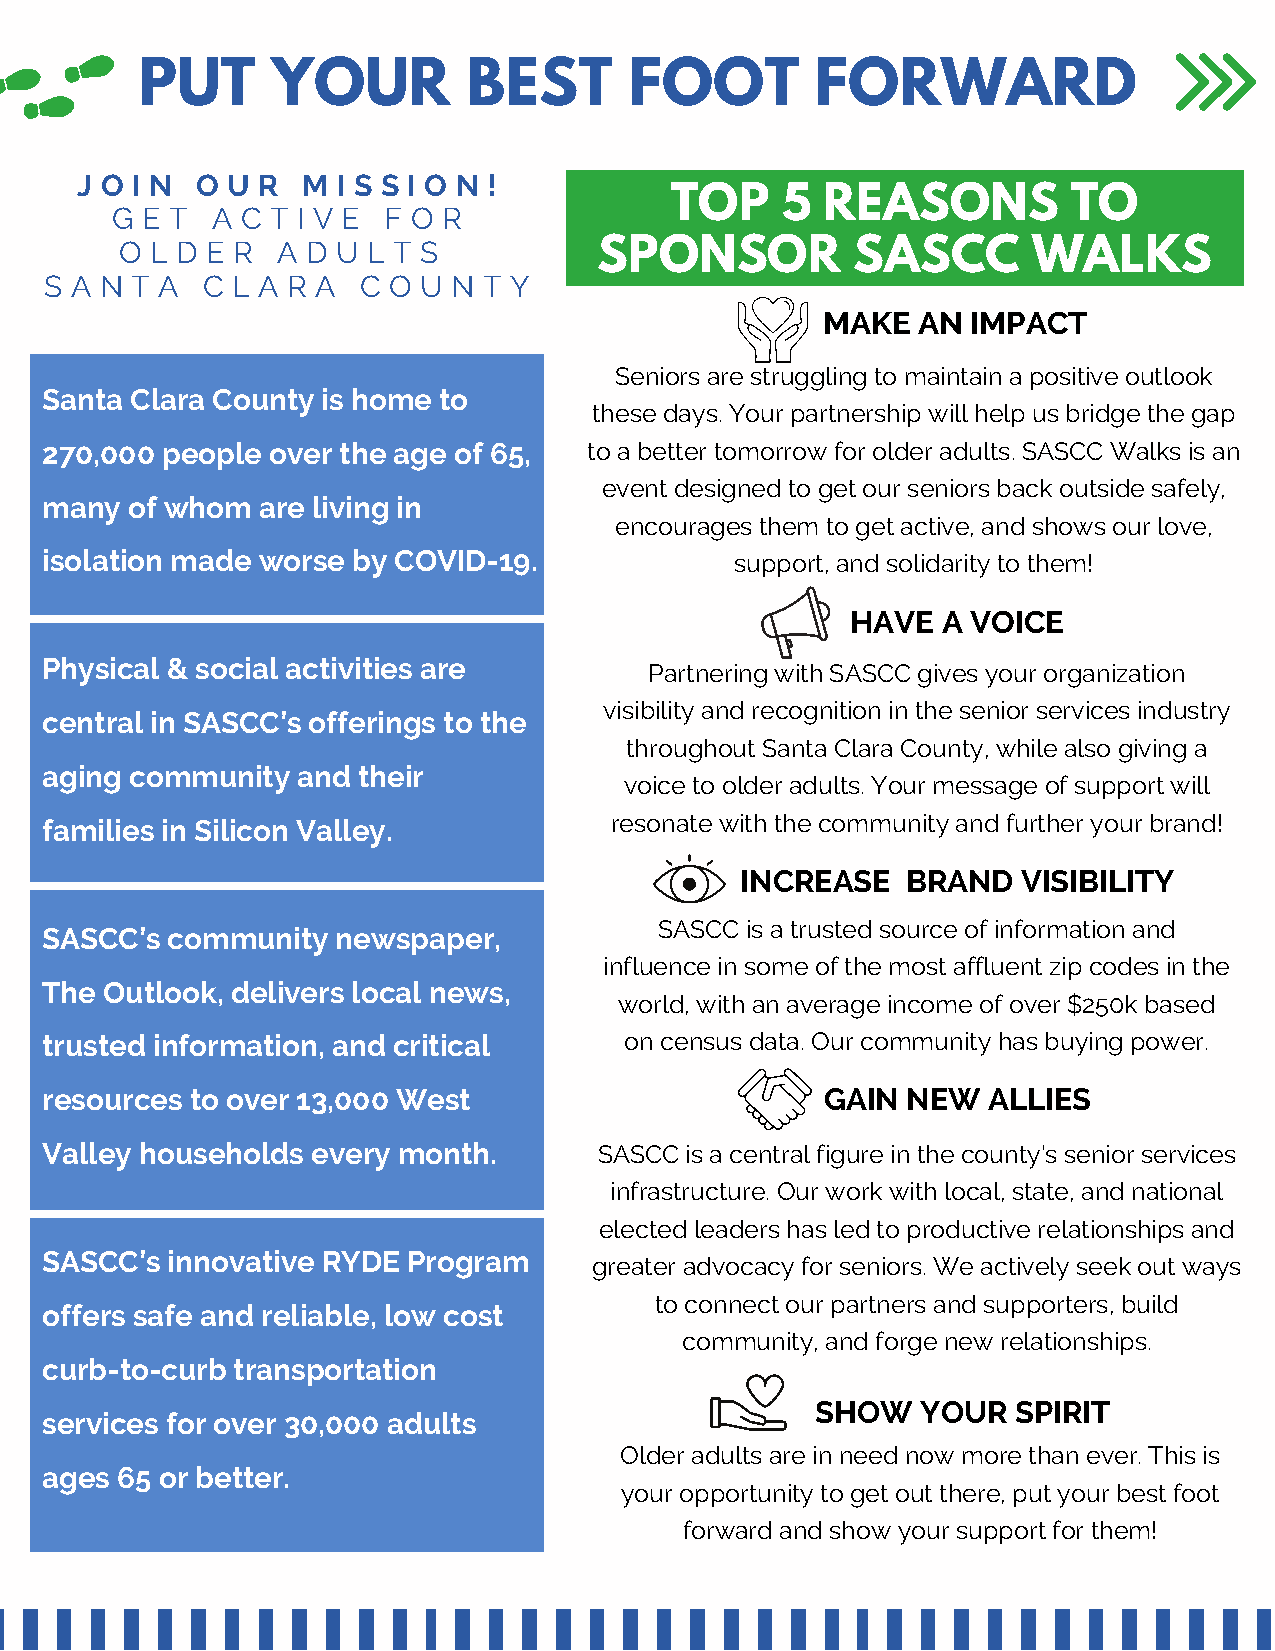
PUT      YOUR         BEST       FOOT        FORWARD
 J O I N O U R  M I S S I O N !
 TOP     5  REASONS         TO
 G E T  A C T I V E F O R
 O L D E R A D U L T S           SPONSOR         SASCC       WALKS
 S A N T A C L A R A  C O U N T Y
 MAKE   AN IMPACT
 Seniors are struggling to maintain a positive outlook
 Santa Clara County is home to
 these days. Your partnership will help us bridge the gap
 270,000 people over the age of 65,  to a better tomorrow for older adults. SASCC Walks is an
 event designed to get our seniors back outside safely,
 many of whom  are living in
 encourages them to get active, and shows our love,
 isolation made worse by COVID-19.             support, and solidarity to them!
 HAVE  A VOICE
 Physical & social activities are        Partnering with SASCC gives your organization
 visibility and recognition in the senior services industry
 central in SASCC’s offerings to the
 throughout Santa Clara County, while also giving a
 aging community  and their
 voice to older adults. Your message of support will
 families in Silicon Valley.          resonate with the community and further your brand!
 INCREASE   BRAND   VISIBILITY
 SASCC is a trusted source of information and
 SASCC’s community  newspaper,
 influence in some of the most affluent zip codes in the
 The Outlook, delivers local news,
 world, with an average income of over $250k based
 trusted information, and critical     on census data. Our community has buying power.
 resources to over 13,000 West                       GAIN NEW  ALLIES
 Valley households every month.       SASCC is a central figure in the county's senior services
 infrastructure. Our work with local, state, and national
 elected leaders has led to productive relationships and
 SASCC’s innovative RYDE Program
 greater advocacy for seniors. We actively seek out ways
 to connect our partners and supporters, build
 offers safe and reliable, low cost
 community, and forge new relationships.
 curb-to-curb transportation
 SHOW   YOUR  SPIRIT
 services for over 30,000 adults
 Older adults are in need now more than ever. This is
 ages 65 or better.
 your opportunity to get out there, put your best foot
 forward and show your support for them!